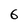
Character: 6